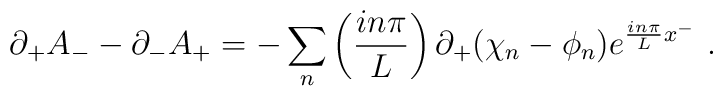
\partial_{+}A_{-}-\partial_{-}A_{+}=-\sum_{n}\left({in\pi\over L}\right)\partial_{+}(\chi_{n}-\phi_{n})e^{{in\pi\over L}x^{-}}\,\,.